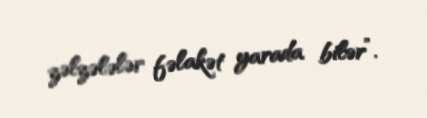
zəlzələlər fəlakət yarada bilər”.